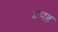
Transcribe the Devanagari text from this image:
अपष्ट